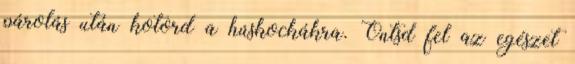
párolás után kotord a húskockákra. Öntsd fel az egészet